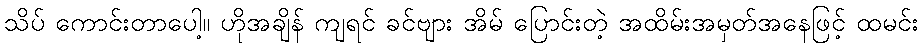
သိပ် ကောင်းတာပေါ့။ ဟိုအချိန် ကျရင် ခင်ဗျား အိမ် ပြောင်းတဲ့ အထိမ်းအမှတ်အနေဖြင့် ထမင်း